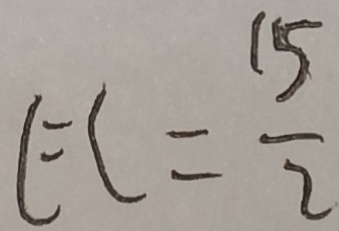
E C = \frac { 1 5 } { 2 }